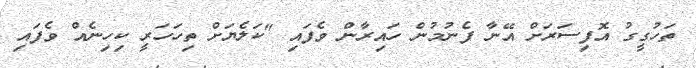
ތަހުގީގު އޮފިސަރަށް އޭނާ ފެނުމުން ހައިރާން ވެފައި "ކަލެޔަށް ތިހަހަރީ ކިހިނެއް ވެފައި